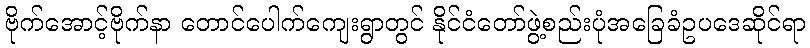
ဗိုက်အောင့်ဗိုက်နာ တောင်ပေါက်ကျေးရွာတွင် နိုင်ငံတော်ဖွဲ့စည်းပုံအခြေခံဥပဒေဆိုင်ရာ